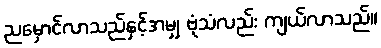
ညမှောင်လာသည်နှင့်အမျှ ဗုံသံလည်း ကျယ်လာသည်။